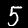
Digit: 5